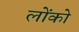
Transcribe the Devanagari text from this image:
लोंको